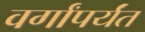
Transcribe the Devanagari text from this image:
वर्गांपर्यंत